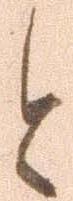
と